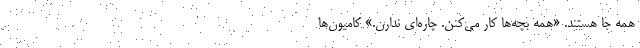
همه ‌جا هستند. «همه بچه‌ها کار می‌کنن. چاره‌ای ندارن.» کامیون‌ها